Vaccine operations Central Provinces 1868-1885 - 1868-1885
Year: 1868
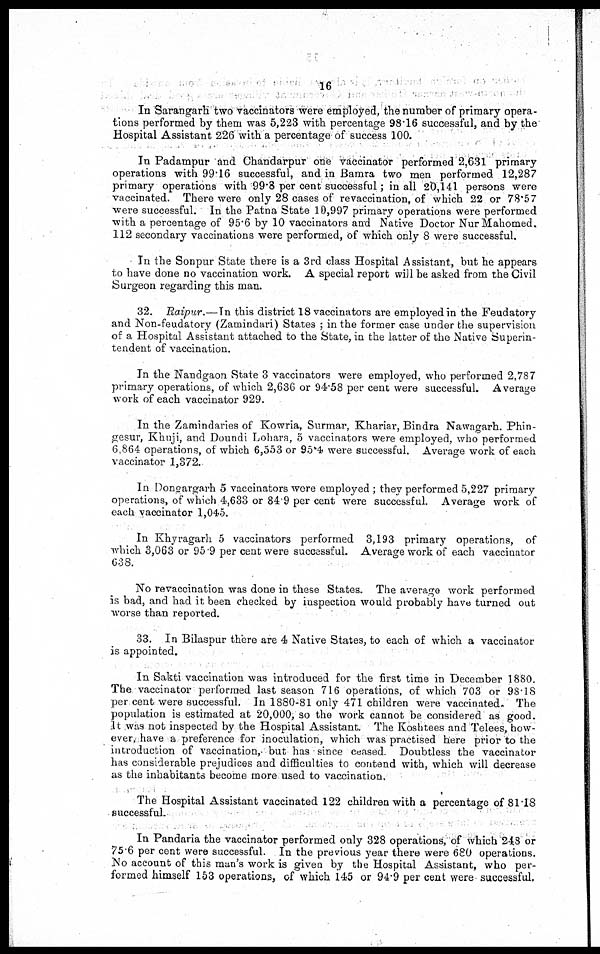
16
In Sarangarh two vaccinators were employed, the number of primary opera-
tions performed by them was 5,223 with percentage 98.16 successful, and by the
Hospital Assistant 226 with a percentage of success 100.
In Padampur and Chandarpur one vaccinator performed 2,631 primary
operations with 99.16 successful, and in Bamra two men performed 12,287
primary operations with 99.8 per cent successful; in all 20,141 persons were
vaccinated. There were only 28 cases of revaccination, of which 22 or 78.57
were successful. In the Patna State 10,997 primary operations were performed
with a percentage of 95.6 by 10 vaccinators and Native Doctor Nur Mahomed.
112 secondary vaccinations were performed, of which only 8 were successful.
In the Sonpur State there is a 3rd class Hospital Assistant, but he appears
to have done no vaccination work. A special report will be asked from the Civil
Surgeon regarding this man.
32. Raipur.—In this district 18 vaccinators are employed in the Feudatory
and Non-feudatory (Zamindari) States ; in the former case under the supervision
of a Hospital Assistant attached to the State, in the latter of the Native Superin-
tendent of vaccination.
In the Nandgaon State 3 vaccinators were employed, who performed 2,787
primary operations, of which 2,636 or 94.58 per cent were successful. Average
work of each vaccinator 929.
In the Zamindaries of Kowria, Surmar, Khariar, Bindra Nawagarh. Phin¬
gesur, Khuji, and Doundi Lohara, 5 vaccinators were employed, who performed
6,864 operations, of which 6,553 or 95.4 were successful. Average work of each
vaccinator 1,372.
In Dongargarh 5 vaccinators were employed ; they performed 5,227 primary
operations, of which 4,633 or 84.9 per cent were successful. Average work of
each vaccinator 1,045.
In Khyragarh 5 vaccinators performed 3,193 primary operations, of
which 3,063 or 95.9 per cent were successful. Average work of each vaccinator
638.
No revaccination was done in these States. The average work performed
is bad, and had it been checked by inspection would probably have turned out
worse than reported.
33. In Bilaspur there are 4 Native States, to each of which a vaccinator
is appointed.
In Sakti vaccination was introduced for the first time in December 1880.
The vaccinator performed last season 716 operations, of which 703 or 98.18
per cent were successful. In 1880-81 only 471 children were vaccinated. The
population is estimated at 20,000, so the work cannot be considered as good.
It was not inspected by the Hospital Assistant. The Koshtees and Telees, how-
ever, have a preference for inoculation, which was practised here prior to the
introduction of vaccination, but has since ceased. Doubtless the vaccinator
has considerable prejudices and difficulties to contend with, which will decrease
as the inhabitants become more used to vaccination.
The Hospital Assistant vaccinated 122 children with a percentage of 81.18
successful.
In Pandaria the vaccinator performed only 328 operations, of which 248 or
75.6 per cent were successful. In the previous year there were 680 operations.
No account of this man's work is given by the Hospital Assistant, who per-
formed himself 153 operations, of which 145 or 94.9 per cent were successful.